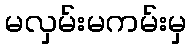
မလှမ်းမကမ်းမှ